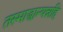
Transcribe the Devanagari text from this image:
तस्माद्धान्यन्नहि